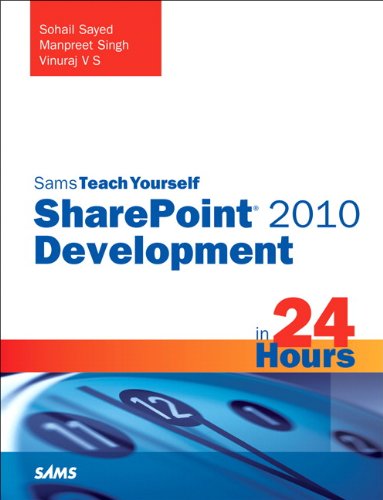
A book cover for Sams Teach Yourself SharePoint 2010 Development in 24 Hours; Sohail Sayed; Computers & Technology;